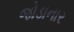
જોડાનાર